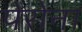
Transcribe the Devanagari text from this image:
पेरोना